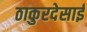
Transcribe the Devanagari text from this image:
ठाकुरदेसाई